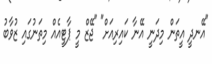
"އޭނދީ އީތަން މިދަނީ އޭނާ ކައިރިއަށް" "ޖޭޒް މީ ޕާޓީއެއް މިތަނުގައި ޒުވާބު